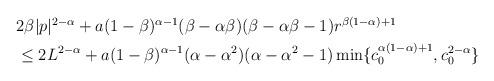
LaTeX: \begin{align*}\begin{aligned}&2\beta|p|^{2-\alpha}+a(1-\beta)^{\alpha-1} (\beta-\alpha\beta) (\beta-\alpha\beta-1)r^{\beta(1-\alpha)+1}\\&\leq 2L^{2-\alpha}+a(1-\beta)^{\alpha-1}(\alpha-\alpha^2)(\alpha-\alpha^2-1)\min\{c_0^{\alpha(1-\alpha)+1}, c_0^{2-\alpha}\}\end{aligned}\end{align*}